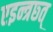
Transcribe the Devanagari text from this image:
एइन्त्रछ्त्